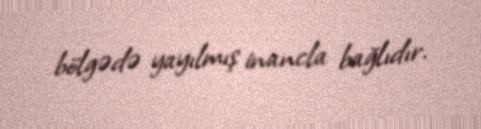
bölgədə yayılmış inancla bağlıdır.